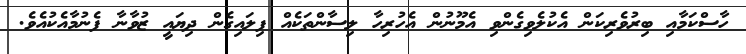
ހާސްކަމާއި ބިރުވެރިކަން އެކުލެވިގެންވި އެމޫނުން އެހުރިހާ ލިސާންތަކެއް ފިލައިގެން ދިޔައީ ޒުވާނާ ފެނުމާއެކުއެވެ.